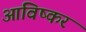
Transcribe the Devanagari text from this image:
आविष्कर